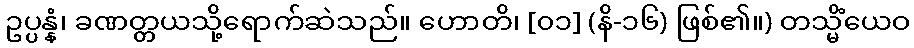
ဥပ္ပန္နံ၊ ခဏတ္တယသို့ရောက်ဆဲသည်။ ဟောတိ၊ [၀၁] (နိ-၁၆) ဖြစ်၏။) တသ္မိံယေဝ